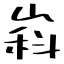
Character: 嵙